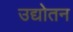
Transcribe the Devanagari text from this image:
उद्योतन